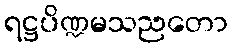
ရဋ္ဌပိဏ္ဍမသညတော